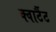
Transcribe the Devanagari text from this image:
क्वार्टैट